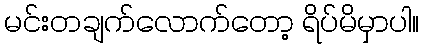
မင်းတချက်လောက်တော့ ရိပ်မိမှာပါ။